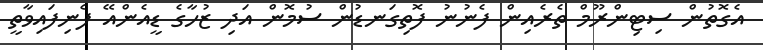
އެގޮތުން ސިޓިންރޫމް ތެރެއިން ފެނުނު ފޮތިގަނޑުން ސުމޮން އަދި ޒުހާގެ ޑީއެންއޭ ފެނިފައިވާތީ